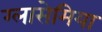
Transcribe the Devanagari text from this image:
ग्लासेमिया